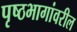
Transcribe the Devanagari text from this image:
पृष्ठभागांवरील